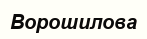
Ворошилова